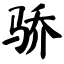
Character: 骄